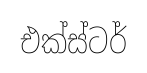
එක්ස්ටර්